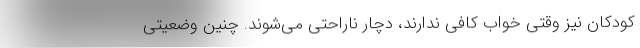
کودکان نیز وقتی خواب کافی ندارند، دچار ناراحتی می‌شوند. چنین وضعیتی